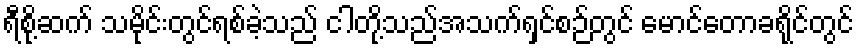
ရီစို့ဆက် သမိုင်းတွင်ရစ်ခဲ့သည် ငါတို့သည်အသက်ရှင်စဉ်တွင် မောင်တောခရိုင်တွင်